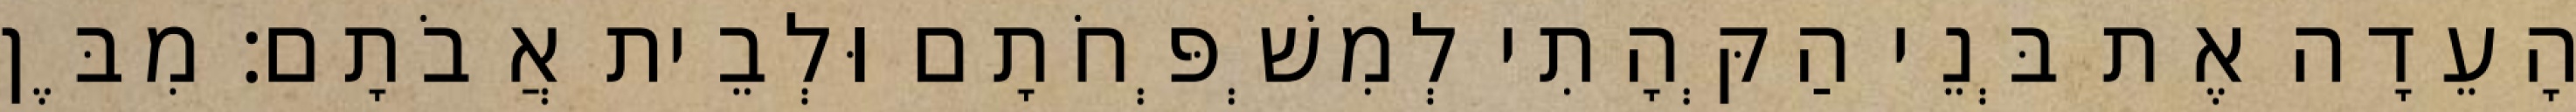
הָעֵדָה אֶת בְּנֵי הַקְּהָתִי לְמִשְׁפְּחֹתָם וּלְבֵית אֲבֹתָם׃ מִבֶּן